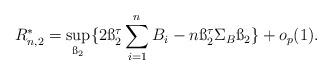
LaTeX: \begin{align*}R_{n,2}^*=\sup_{\ss_2}\{ 2 \ss_2^\tau \sum_{i=1}^n B_i -n \ss_2^\tau \Sigma_B \ss_2 \}+ o_p(1).\end{align*}